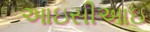
આઇસીઆઇ